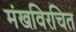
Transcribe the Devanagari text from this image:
मंखविरचित